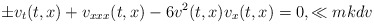
\begin{align*}\pm v_t(t,x)+v_{xxx}(t,x)-6v^2(t,x)v_x(t,x)=0,\ll{mkdv}\end{align*}